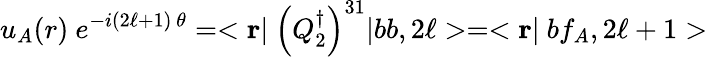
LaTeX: u_{A}({r})\ e^{-i(2\ell+1)\ \theta}=<{\mathbf r}|\ \left(Q_{2}^{\dagger}\right)^{31}|bb,2\ell>=<{\mathbf r}|\ bf_{A},2\ell+1>